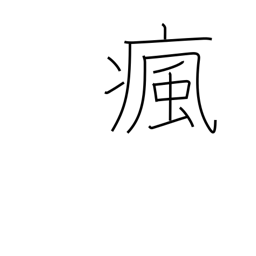
Meaning: headache